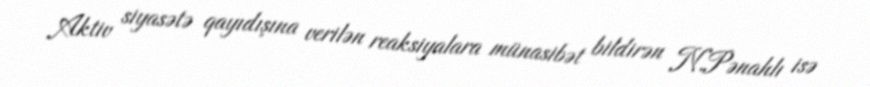
Aktiv siyasətə qayıdışına verilən reaksiyalara münasibət bildirən N.Pənahlı isə